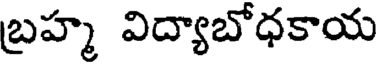
బ్రహ్మ విద్యాబోధకాయ